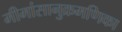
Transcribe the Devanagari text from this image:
मीमांसानुक्रमणिका